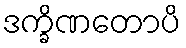
ဒက္ခိဏတောပိ